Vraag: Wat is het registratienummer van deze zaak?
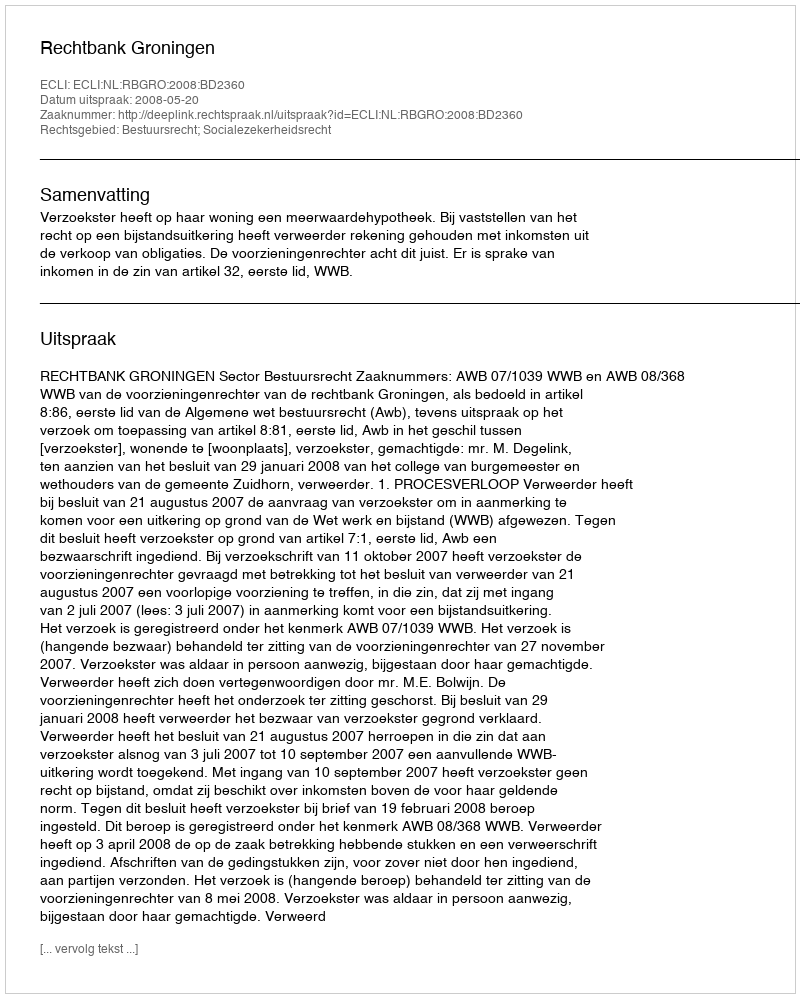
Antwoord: http://deeplink.rechtspraak.nl/uitspraak?id=ECLI:NL:RBGRO:2008:BD2360